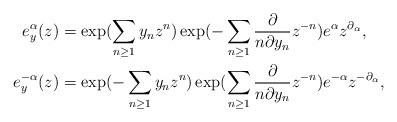
LaTeX: \begin{align*}e^{\alpha}_y(z)& =\exp (\sum _{n\ge 1} y_n z^n)\exp (-\sum _{n\ge 1}\frac{\partial}{n\partial y_n} z^{-n})e^{\alpha}z^{\partial_{\alpha}},\\e^{-\alpha}_y(z)& =\exp (-\sum _{n\ge 1}y_n z^n)\exp (\sum _{n\ge 1}\frac{\partial}{n\partial y_n} z^{-n})e^{-\alpha}z^{-\partial_{\alpha}},\end{align*}